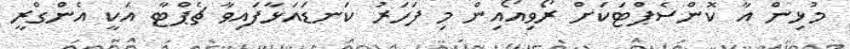
މުޅިން އާ ކޮންސެޕްޓަކަށް ރޯވިއޯއިން މި ފަހަރު ކަނޑައަޅާފައިވާ ޗެޕްޓާ އަކީ އެންގްރީ